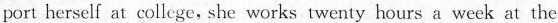
port herself at college,she works twenty hours a week at the